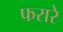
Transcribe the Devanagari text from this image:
फरारे